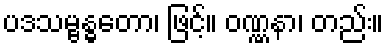
ပဒသမ္ဗန္ဓတော၊ ဖြင့်။ ဝဏ္ဏနာ၊ တည်း။